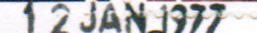
12 JAN 1977